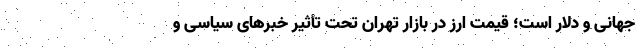
جهانی و دلار است؛ قیمت ارز در بازار تهران تحت تأثیر خبرهای سیاسی و